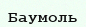
Баумоль